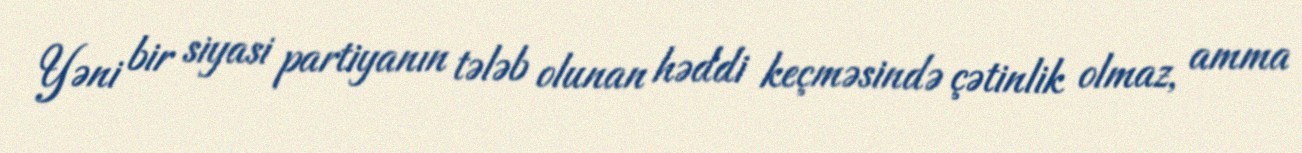
Yəni bir siyasi partiyanın tələb olunan həddi keçməsində çətinlik olmaz, amma